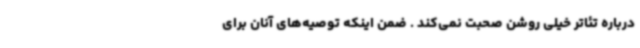
درباره تئاتر خیلی روشن صحبت نمی‌کند . ضمن اینکه توصیه‌های آنان برای